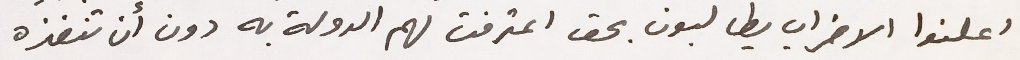
اعلنوا الاضراب يطالبون بحق اعترفت لهم الدولة به دون أن تنفذه.